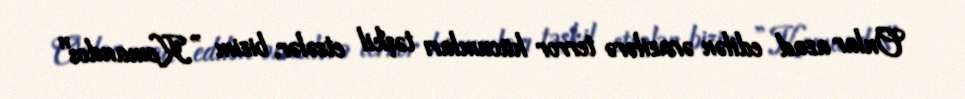
Onlar azad edilən ərazilərə terror hücumları təşkil etsələr, bizim ”Komandos"